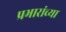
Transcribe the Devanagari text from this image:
प्रभारांच्या